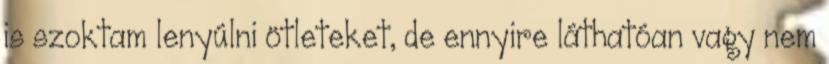
is szoktam lenyúlni ötleteket, de ennyire láthatóan vagy nem